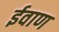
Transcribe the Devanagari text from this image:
ईवाण